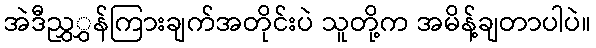
အဲဒီညွှွှန်ကြားချက်အတိုင်းပဲ သူတို့က အမိန့်ချတာပါပဲ။